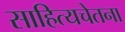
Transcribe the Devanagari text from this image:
साहित्यचेतना